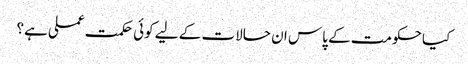
کیا حکومت کے پاس ان حالات کے لیے کوئی حکمت عملی ہے؟